65_HS1-834228961_62-HQ-83894_Section_10
Agency: FBI
Page 40
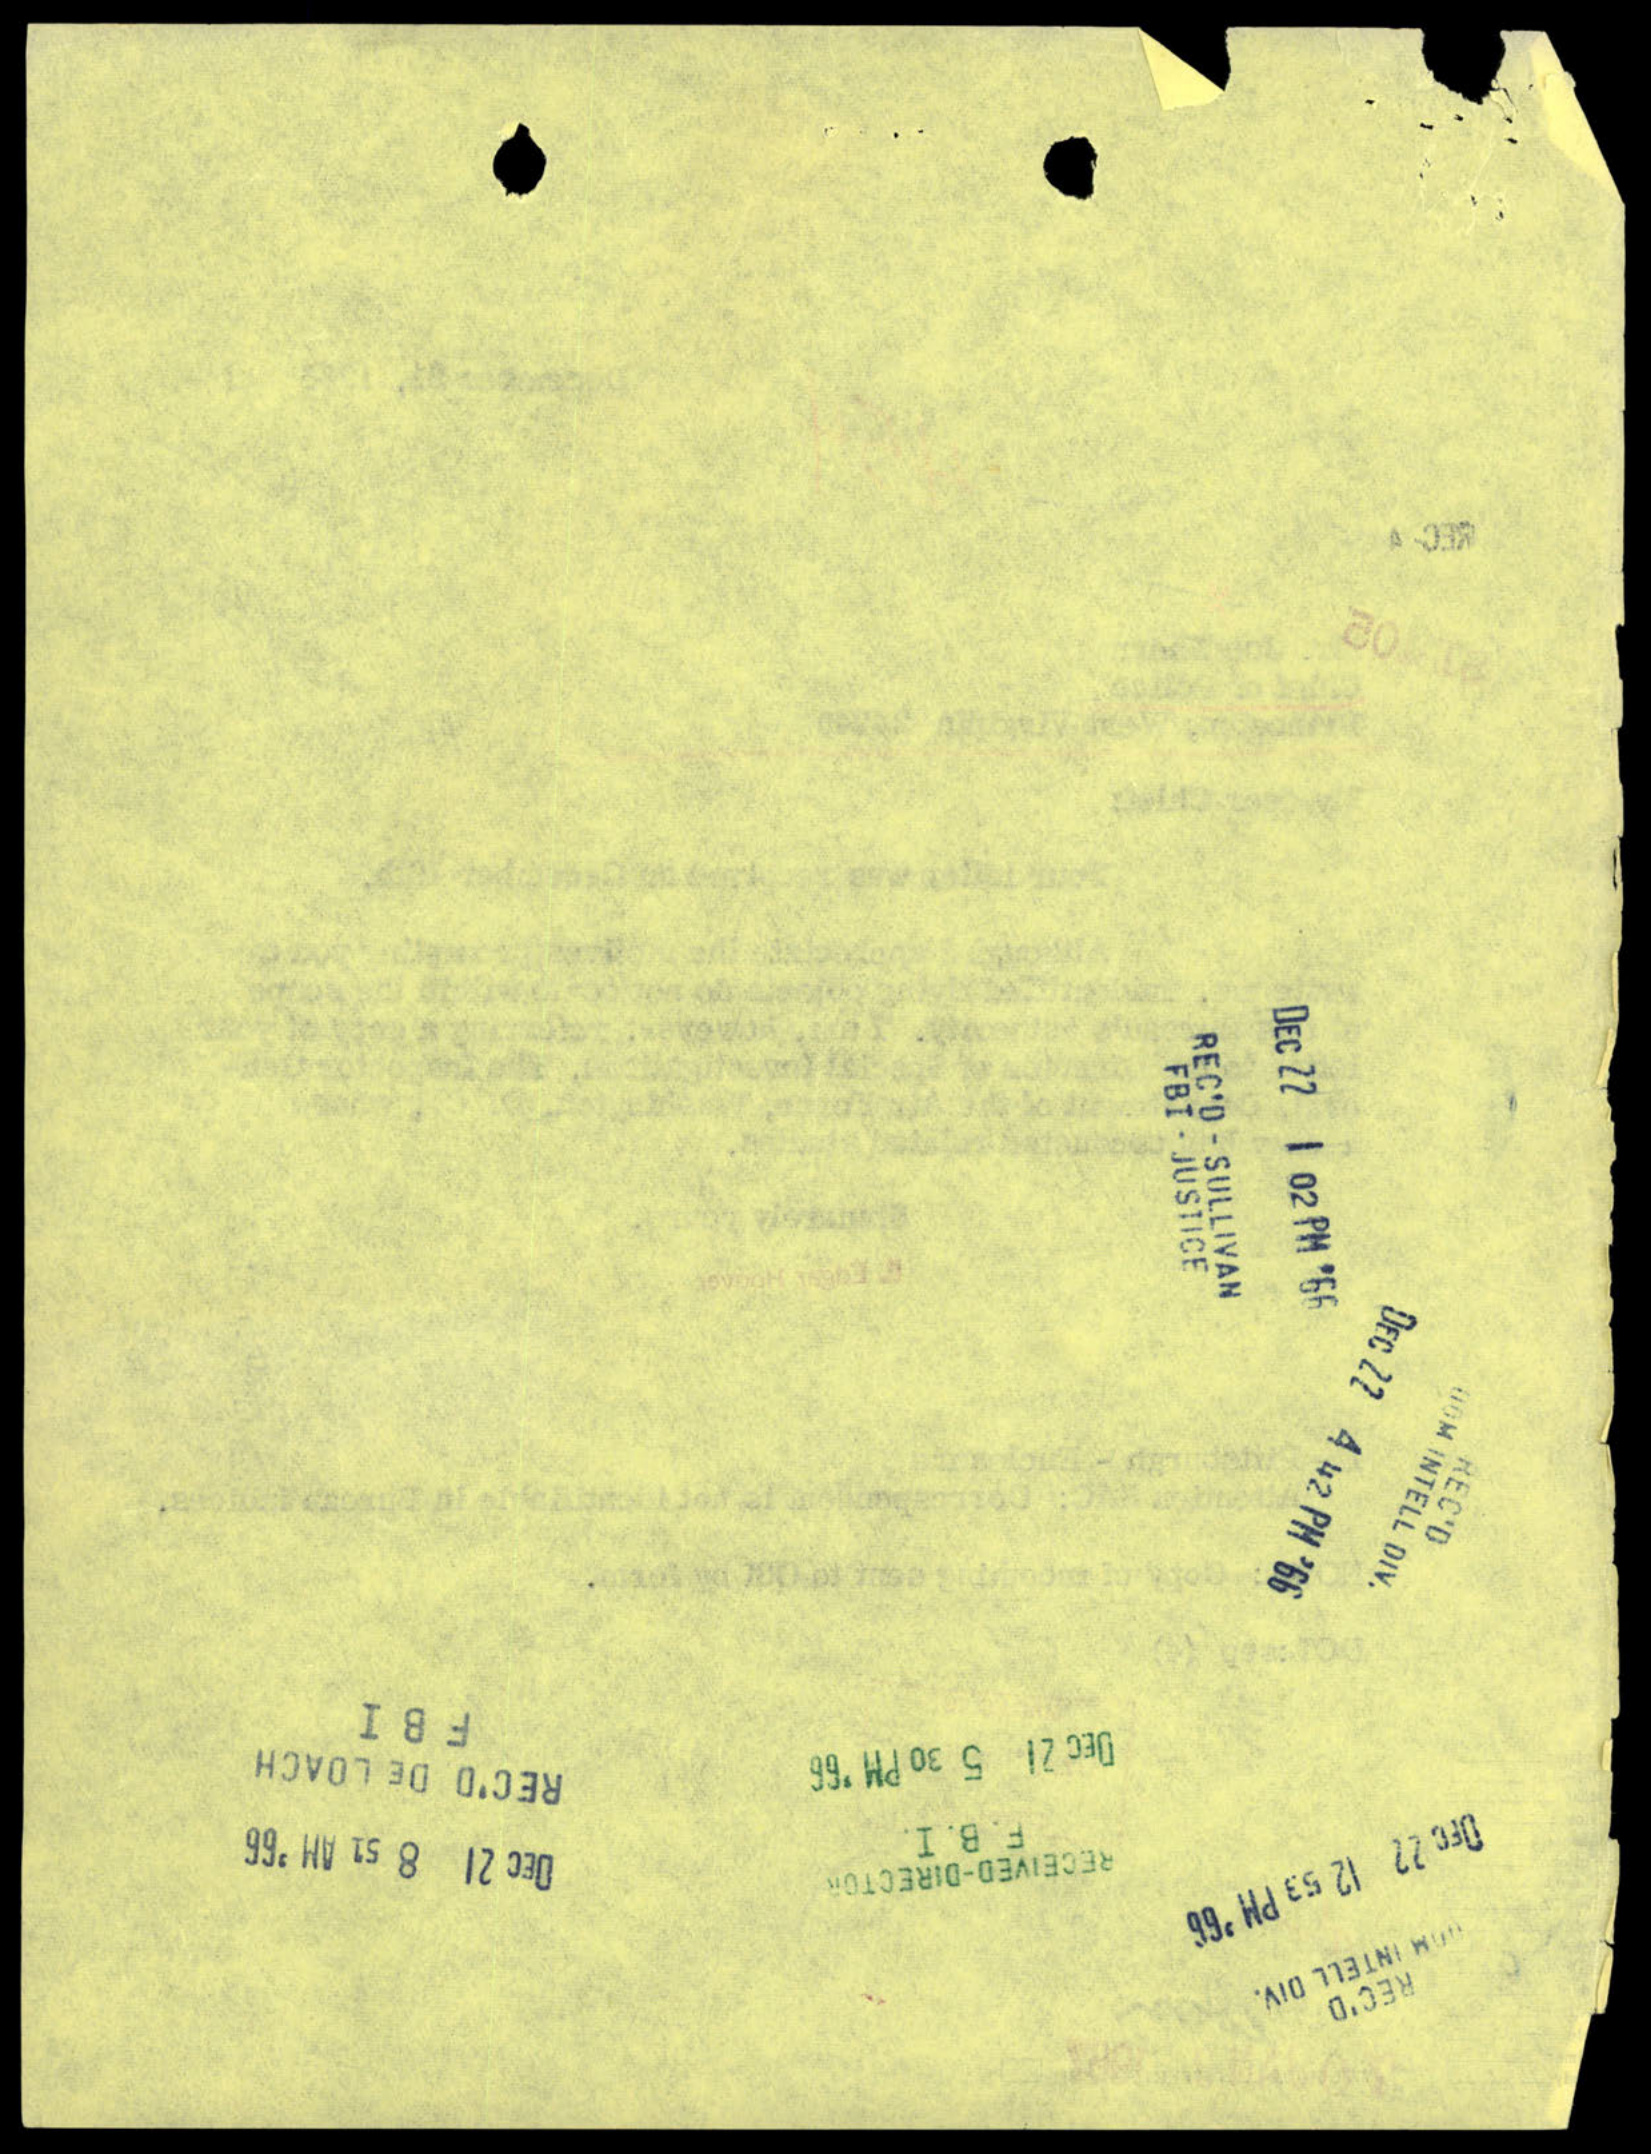